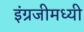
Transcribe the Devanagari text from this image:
इंग्रजीमध्यी